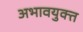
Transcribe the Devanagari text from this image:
अभावयुक्त